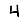
Digit: 4